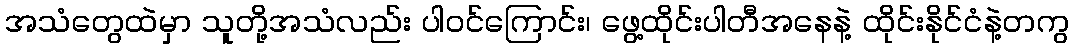
အသံတွေထဲမှာ သူတို့အသံလည်း ပါဝင်ကြောင်း၊ ဖွေ့ထိုင်းပါတီအနေနဲ့ ထိုင်းနိုင်ငံနဲ့တကွ